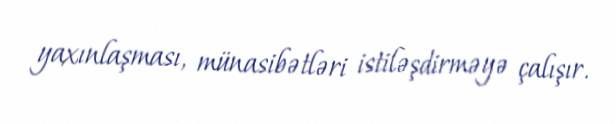
yaxınlaşması, münasibətləri istiləşdirməyə çalışır.